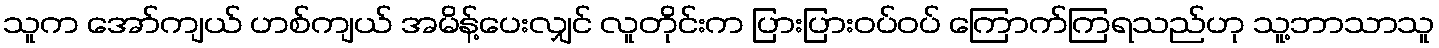
သူက အော်ကျယ် ဟစ်ကျယ် အမိန့်ပေးလျှင် လူတိုင်းက ပြားပြားဝပ်ဝပ် ကြောက်ကြရသည်ဟု သူ့ဘာသာသူ